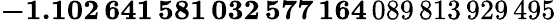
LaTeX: \mathbf{-1.102\, 641\, 581\, 032\, 577\, 164}\, 089\, 813\, 929\, 495